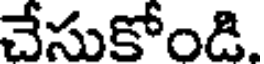
చేసుకోండి.